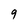
Character: 9